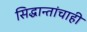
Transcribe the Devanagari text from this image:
सिद्धान्तांचाही